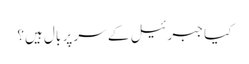
کیا جبرئیل کے سر پر بال ہیں؟